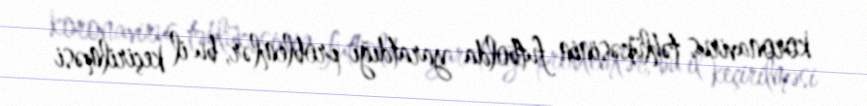
koronavirus təhlükəsinin futbolda yaratdığı problemlər, bu il keçirilməsi